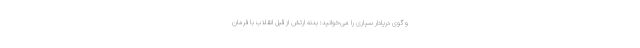
و گوی دریادار سیاری را می‌خوانید: بدنه ارتش از قبل انقلاب با فرمان